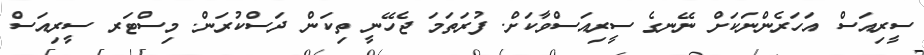
ސީރިއަސް އަހަރެންނަކަށް ނޭނގެ ސީރިއަސްވާކަށް. ފުރަތަމަ ޖެހޭނީ ތިކަން ދަސްކުރަން. މިސްޓަރ ސީރިއަސް